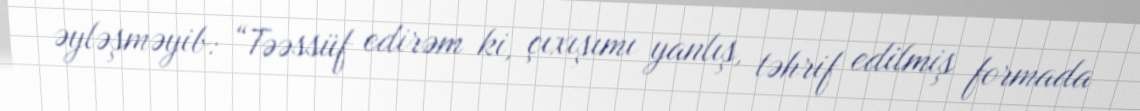
əyləşməyib: “Təəssüf edirəm ki, çıxışımı yanlış, təhrif edilmiş formada